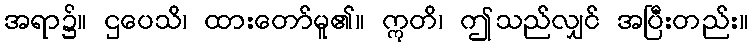
အရာ၌။ ဌပေသိ၊ ထားတော်မူ၏။ ဣတိ၊ ဤသည်လျှင် အပြီးတည်း။